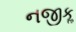
નજીકૢ